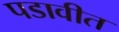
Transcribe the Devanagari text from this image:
पडावीत